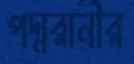
পদ্মরানীর